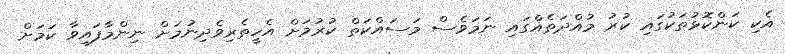
އެކި ކަންކޮޅުތަކުގައި ކުރު މުއްދަތެއްގައި ނަމަވެސް މަސައްކަތް ކުރުމަށް އެހީތެރިވެދިނުމަށް ނިންމާފައިވާ ކަމަށް